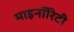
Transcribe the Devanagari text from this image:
माइनॉरिटी